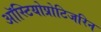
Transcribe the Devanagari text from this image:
ऑस्टियोप्रोटिजरिन